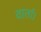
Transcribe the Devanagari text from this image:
वार्ता।